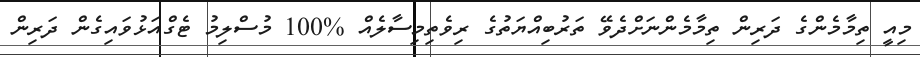
މިއީ ތިމާމެންގެ ދަރިން ތިމާމެންނަށްދެވޭ ތަރުބިއްޔަތުގެ ރިވެތިމިސާލެއް %100 މުސްލިމު ޓެގްއަޅުވައިގެން ދަރިން